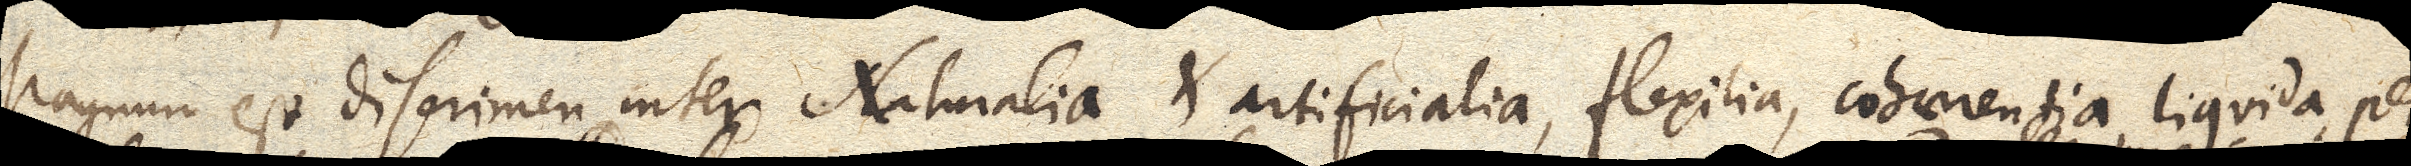
Magnum est discrimen inter Naturalia et artificialia, flexilia, cohaerentia, liquida, per